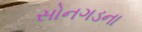
સોનગડના